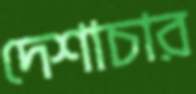
দেশাচার